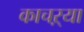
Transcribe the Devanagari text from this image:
काचऱ्या